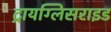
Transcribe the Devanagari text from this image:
ट्रायग्लिसराइड